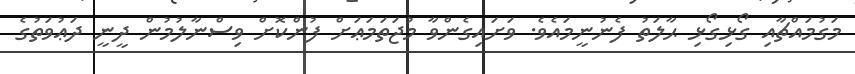
މަގުމައްޗާއި ގޯޅިގޯޅި ޙާލަތު ފެނުނީމައެވެ. ވަށައިގެންވާ މުޖަތަމަޢަށް ފުންކޮށް ވިސްނާލުމުން ދީނީ ދަޢުވަތުގެ